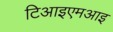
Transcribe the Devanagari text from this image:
टिआइएमआइ